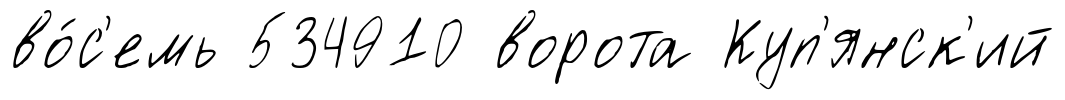
во́с'емь 534910 ворота Куп'янск'ий